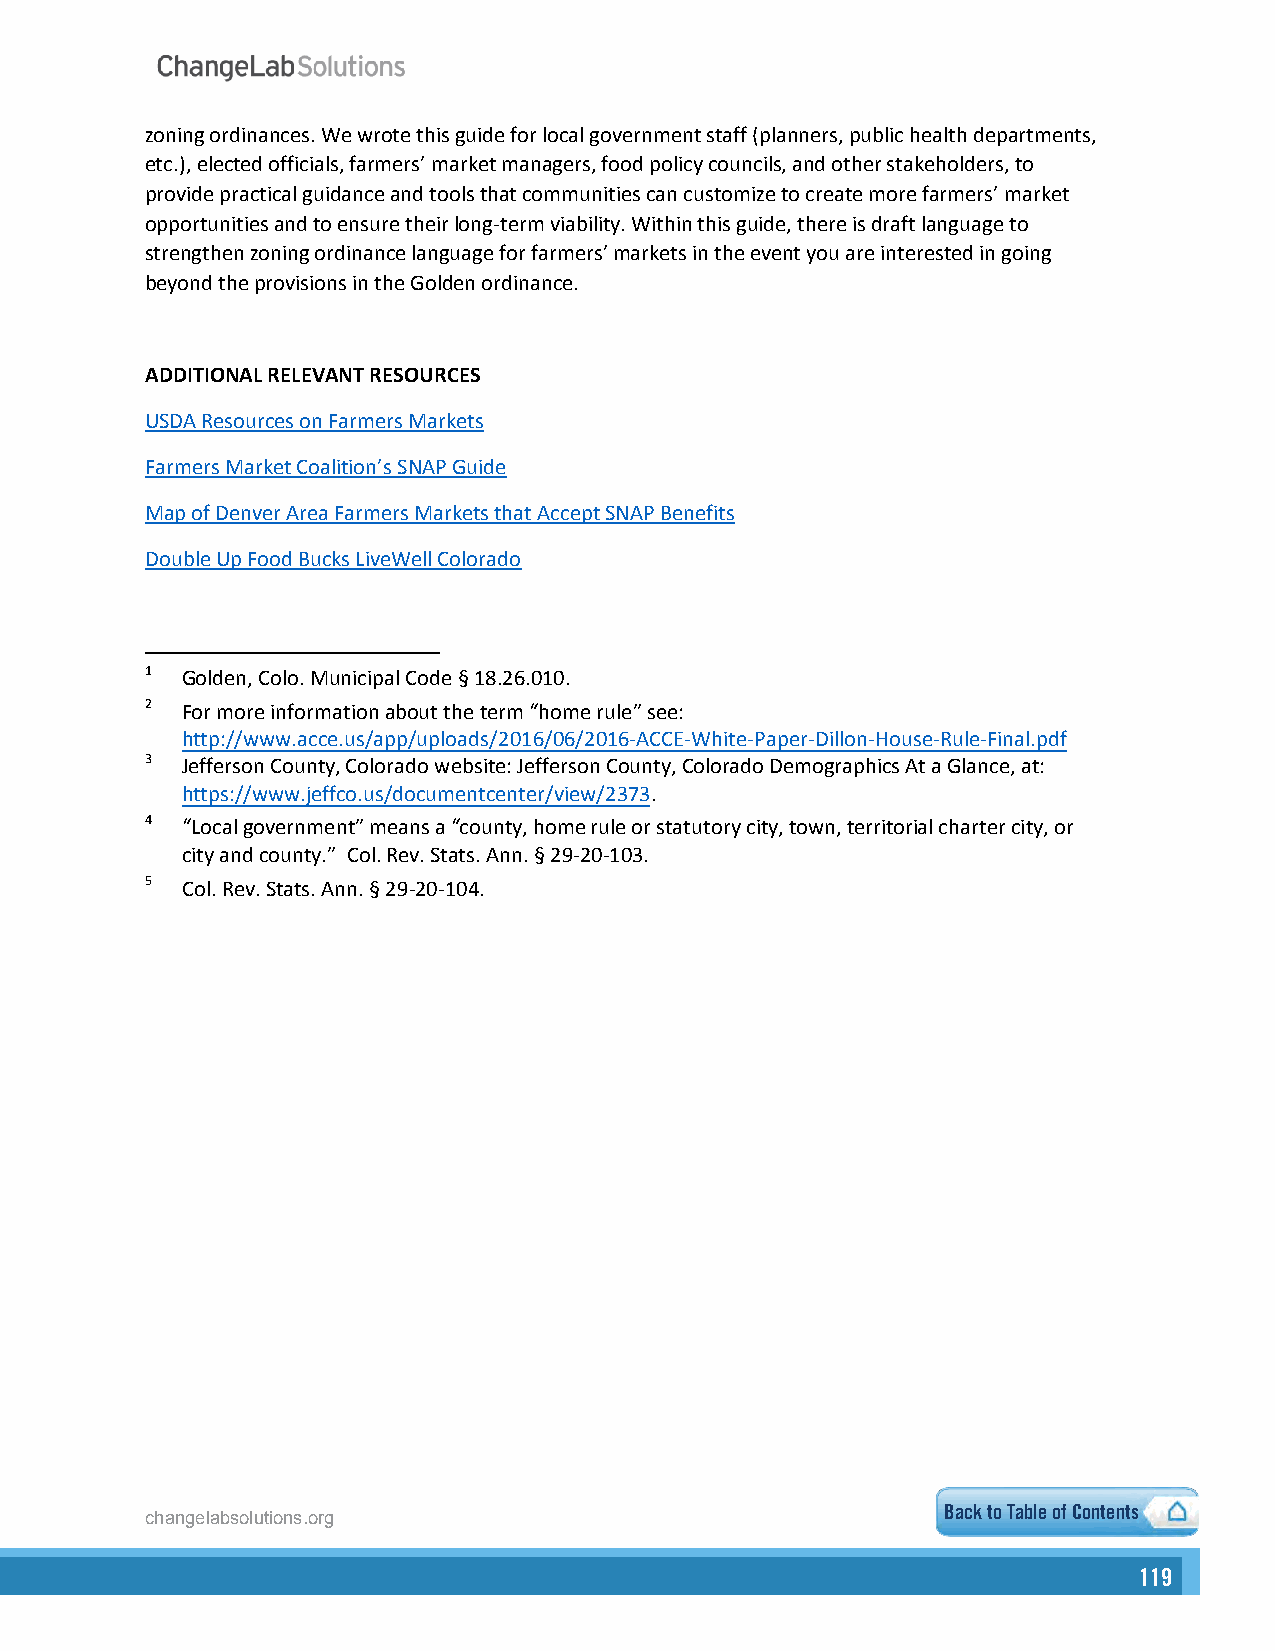
zoning ordinances. We wrote this guide for local government staff (planners, public health departments,
 etc.), elected officials, farmers’ market managers, food policy councils, and other stakeholders, to
 provide practical guidance and tools that communities can customize to create more farmers’ market
 opportunities and to ensure their long-term viability. Within this guide, there is draft language to
 strengthen zoning ordinance language for farmers’ markets in the event you are interested in going
 beyond the provisions in the Golden ordinance.
 ADDITIONAL RELEVANT RESOURCES
 USDA Resources on Farmers Markets
 Farmers Market Coalition’s SNAP Guide
 Map of Denver Area Farmers Markets that Accept SNAP Benefits
 Double Up Food Bucks LiveWell Colorado
 1 Golden, Colo. Municipal Code § 18.26.010.
 2 For more information about the term “home rule” see:
 http://www.acce.us/app/uploads/2016/06/2016-ACCE-White-Paper-Dillon-House-Rule-Final.pdf
 3 Jefferson County, Colorado website: Jefferson County, Colorado Demographics At a Glance, at:
 https://www.jeffco.us/documentcenter/view/2373.
 4 “Local government” means a “county, home rule or statutory city, town, territorial charter city, or
 city and county.” Col. Rev. Stats. Ann. § 29-20-103.
 5 Col. Rev. Stats. Ann. § 29-20-104.
 Back to Table of Contents
 changelabsolutions.org
 111199